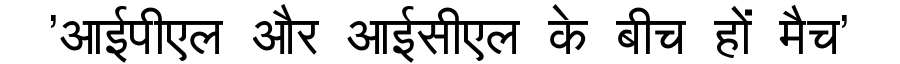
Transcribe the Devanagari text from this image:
'आईपीएल और आईसीएल के बीच हों मैच'